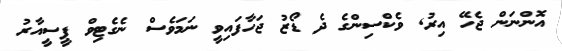
އޮންނަން ޖެހޭ އިރު